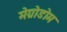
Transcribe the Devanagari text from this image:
मेग्रोडोम